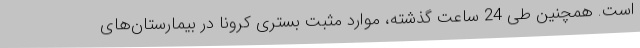
است. همچنین طی 24 ساعت گذشته، موارد مثبت بستری کرونا در بیمارستان‌های